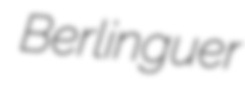
Berlinguer